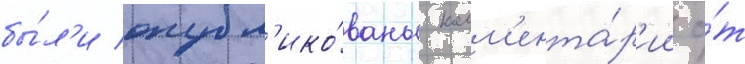
бы́л'и опубл'ико́ваны комм'ента́р'ии о́т